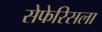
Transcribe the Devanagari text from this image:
सेफेरिसला